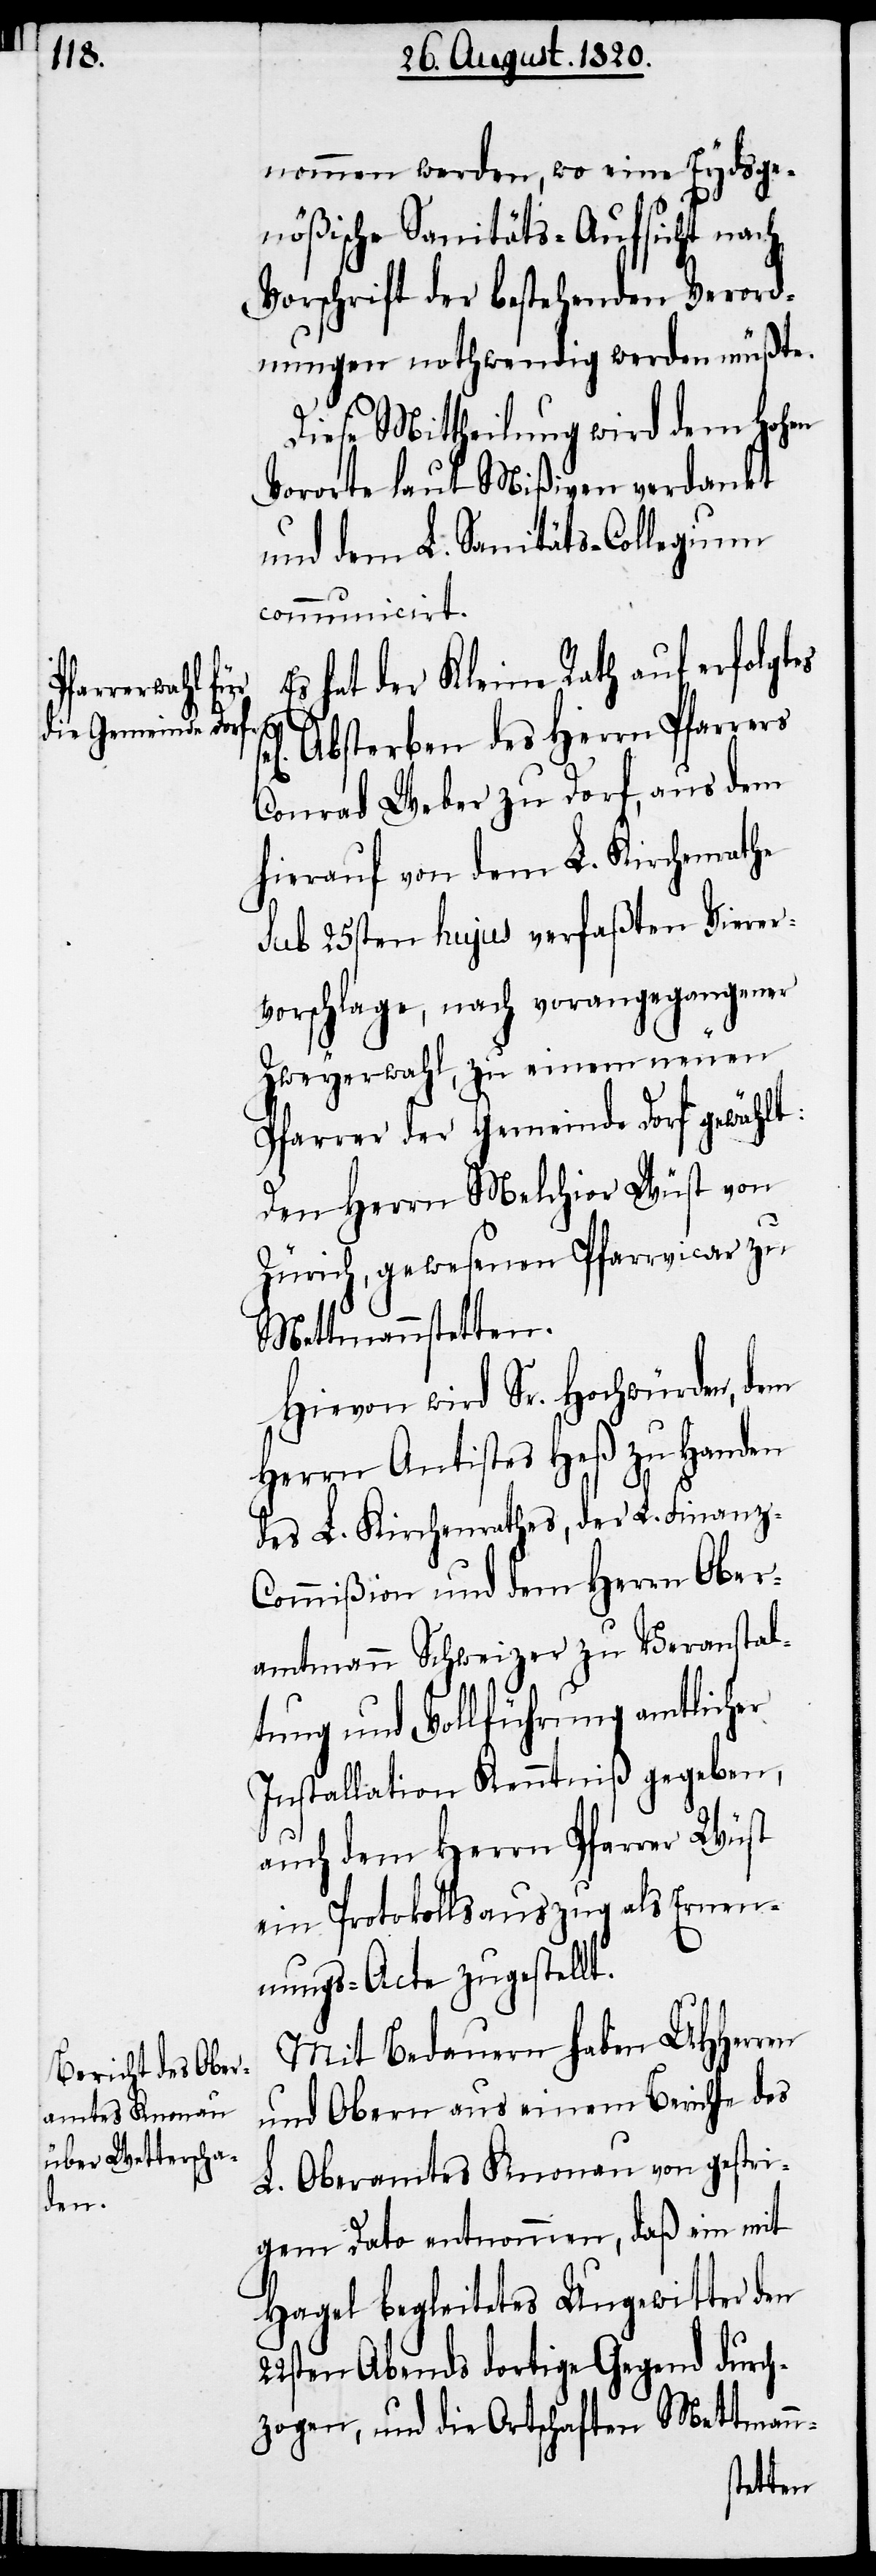
nommen werden, wo eine Eydsge¬
nößische Sanitäts-Aufsicht nach
Vorschrift der bestehenden Verord¬
nungen nothwendig werden müßte.
Diese Mittheilung wird dem hohen
Vororte laut Mißiven verdankt
und dem L. Sanitäts-Collegium
communicirt.
Es hat der Kleine Rath auf erfolgtes
n-
Absterben des Herrn Pfarrers
Conrad Weber zu Dorf, aus dem
hierauf von dem L. Kirchenrathe
sub 25sten hujus verfaßten Vierer¬
vorschlage, nach vorangegangener
Zweyerwahl, zu einem neuen
Pfarrer der Gemeinde Dorf gewählt:
Den Herrn Melchior Wüst von
Zürich, gewesenen Pfarrvicar zu
Mettmannstetten.
Hievon wird Sr. Hochwürden, dem
Herrn Antistes Heß zu Handen
des L. Kirchenrathes, der L. Finanz-C¬
ommißion und dem Herrn Ober¬
amtmann Schweizer zu Veranstal¬
tung und Vollführung amtlicher
Installation Kenntniß gegeben,
auch dem Herrn Pfarrer Wüst
ein Protokollsauszug als Ernen¬
nungs-Acte zugestellt.
Mit Bedauern haben UHHerren
und Obern aus einem Berichte des
L. Oberamtes Knonau von gestri¬
gem Dato entnommen, daß ein mit
Hagel begleitetes Ungewitter den
22sten Abends dortige Gegend durch¬
zogen, und die Ortschaften Mettman¬